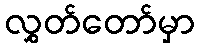
လွှတ်တော်မှာ